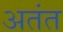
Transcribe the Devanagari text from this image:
अतंत